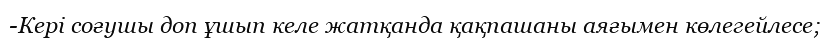
-Кері соғушы доп ұшып келе жатқанда қақпашаны аяғымен көлегейлесе;